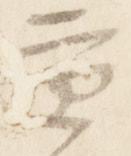
京